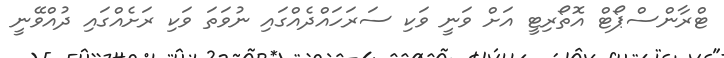
ޓްރާންސްޕޯޓް އޮތޯރިޓީ އަށް ވަނީ ވަކި ސަރަހައްދެއްގައި ނުވަތަ ވަކި ރަށެއްގައި ދުއްވޭނީ